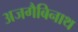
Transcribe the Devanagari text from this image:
अजगैबिनाथ